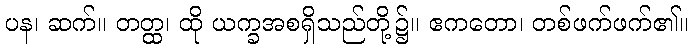
ပန၊ ဆက်။ တတ္ထ၊ ထို ယက္ခအစရှိသည်တို့၌။ ဧကတော၊ တစ်ဖက်ဖက်၏။